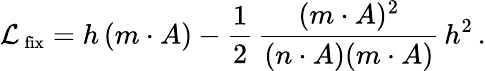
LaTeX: {\cal L}_{\mathrm{\small~{fix}}}=h\, (m\cdot A)-\frac{1}{2}\, \frac{(m\cdot A)^{2}}{(n\cdot A)(m\cdot A)}\, h^{2}\, .